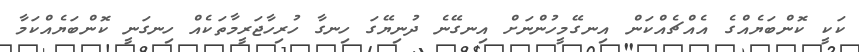
ކަކީީ ކޮންބަޔެއްގެ އެއްޗެއްކަން އިނގޭމީހުންނަށް އިނގޭނެ ދުނިޔޭގަ ހިނގާ ހުރިހާޖަރީމާތަކެއް ހިނގަނީީ ކޮންބަޔެއްކަމާ